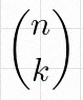
\binom{n}{k}